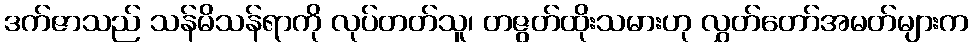
ဒက်ဇာသည် သန်မိသန်ရာကို လုပ်တတ်သူ၊ တဇွတ်ထိုးသမားဟု လွှတ်တော်အမတ်များက